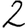
Digit: 2